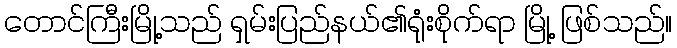
တောင်ကြီးမြို့သည် ရှမ်းပြည်နယ်၏ရုံးစိုက်ရာ မြို့ ဖြစ်သည်။